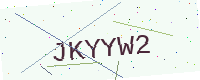
Text: JKYYW2